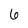
Character: 6